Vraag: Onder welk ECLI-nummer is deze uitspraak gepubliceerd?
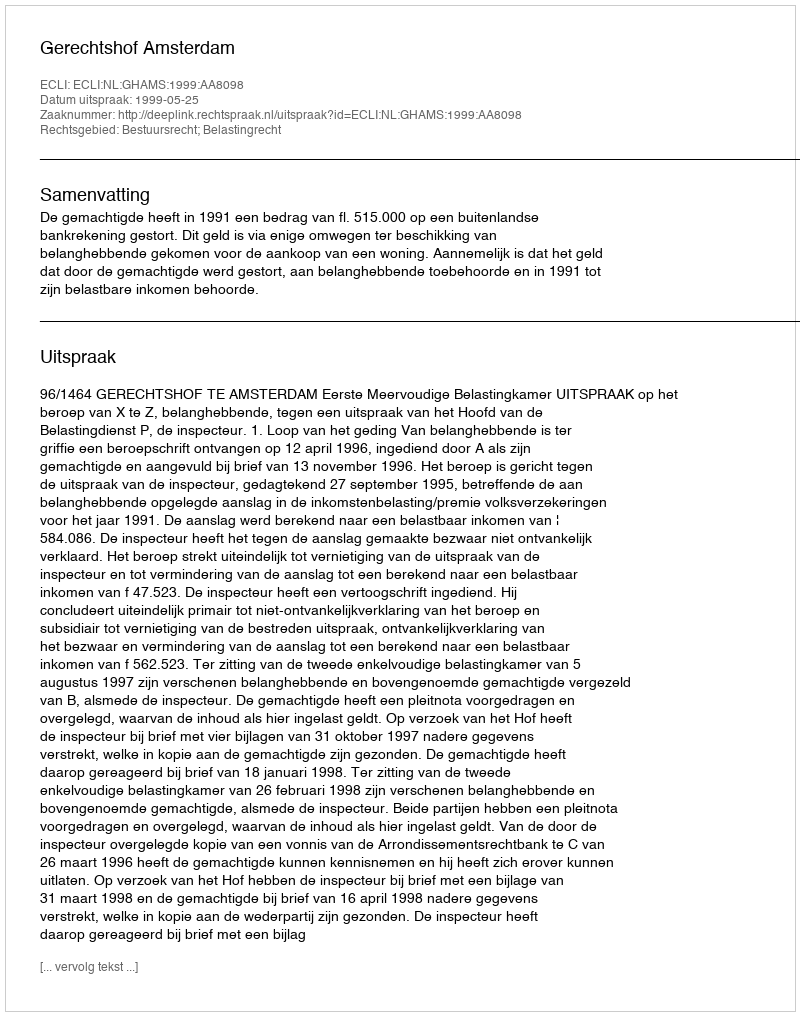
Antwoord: ECLI:NL:GHAMS:1999:AA8098